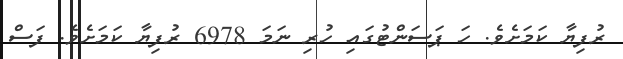
ރުފިޔާ ކަމަށެވެ. ހަ ޕަސަންޓުގައި ހުރި ނަމަ 6978 ރުފިޔާ ކަމަށެވެ. ފަސް